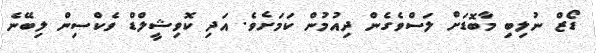
ޑޯޒް ނުލިބި މާބޮޑަށް ލަސްވެގެން ދިއުމުން ކަމަށެވެ. އަދި ކޮވިޝީލްޑް ވެކްސިން ލިބޭނެ